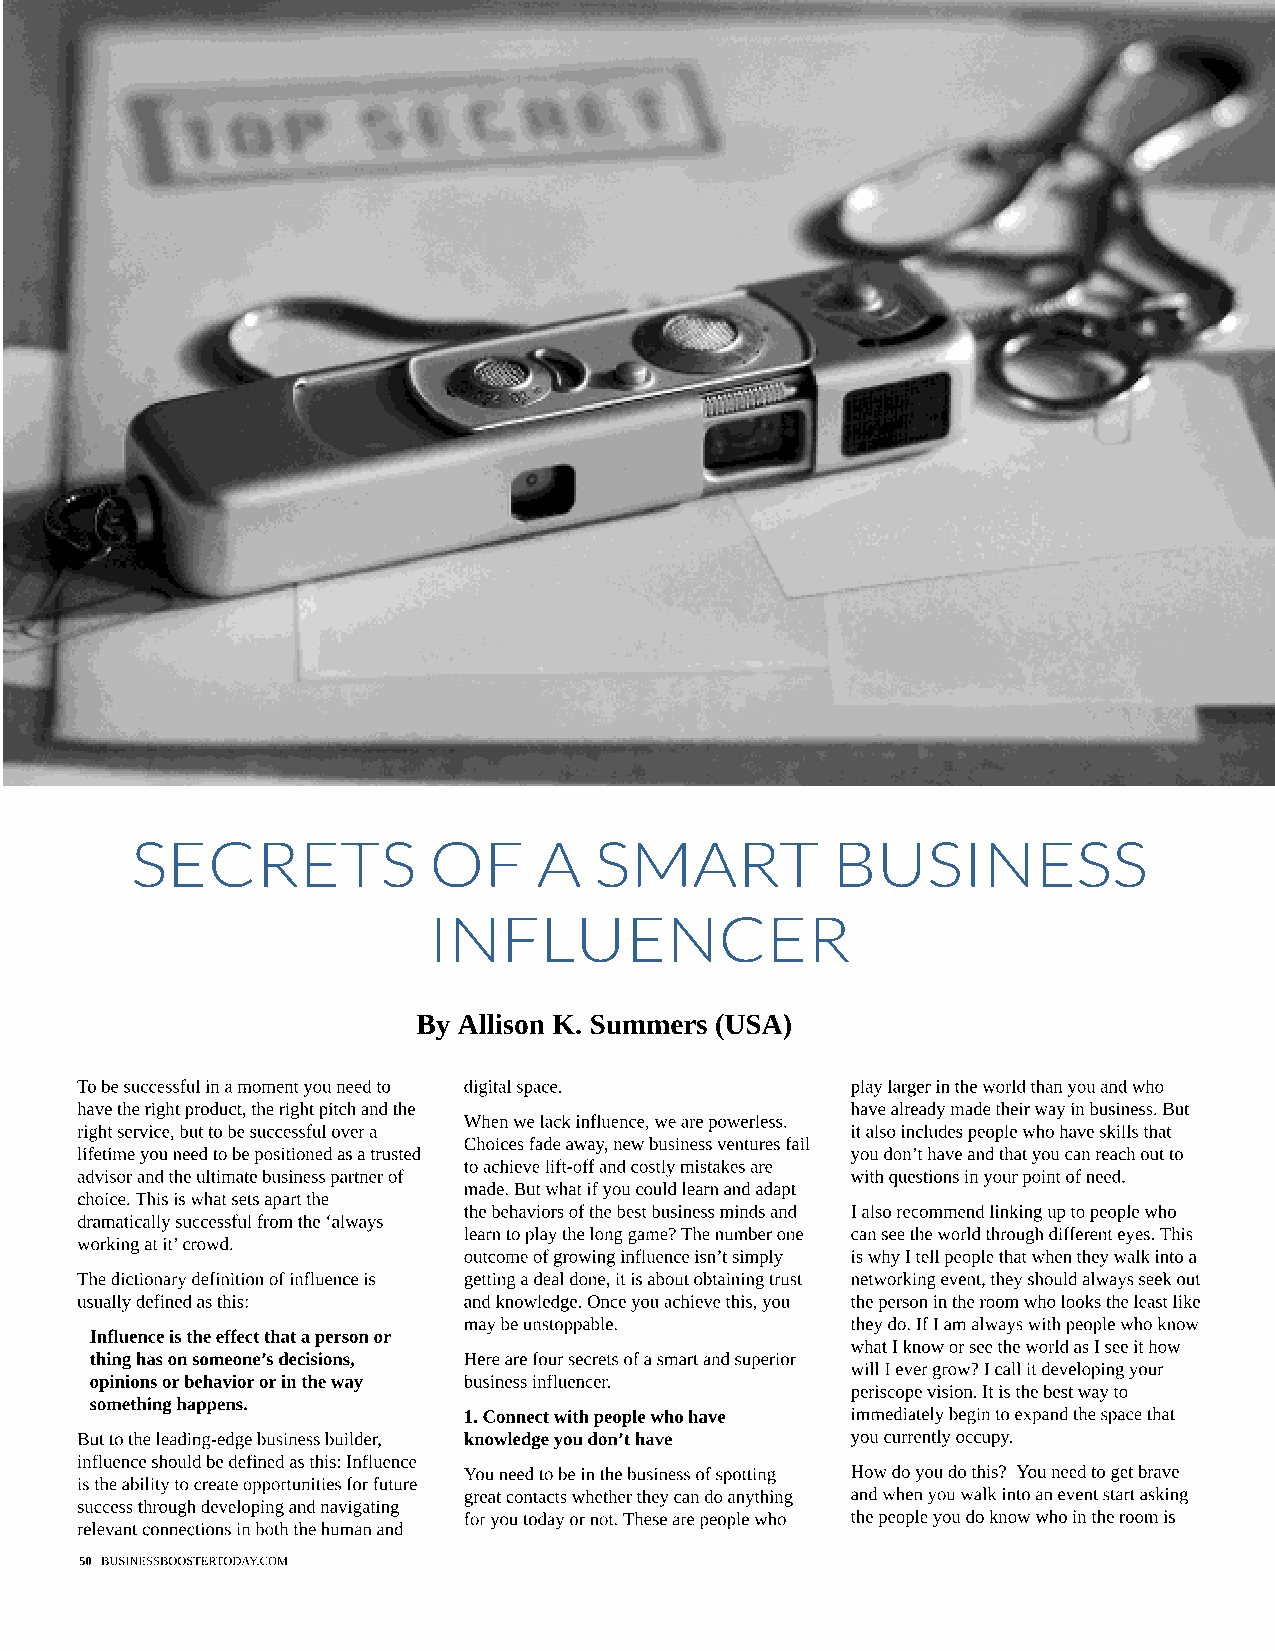
SECRETS            OF      A  SMART           BUSINESS
 INFLUENCER
 By Allison K. Summers (USA)
 To be successful in a moment you need to digital space. play larger in the world than you and who
 have the right product, the right pitch and the    have already made their way in business. But
 When we lack influence, we are powerless.
 right service, but to be successful over a         it also includes people who have skills that
 Choices fade away, new business ventures fail
 lifetime you need to be positioned as a trusted    you don?t have and that you can reach out to
 to achieve lift-off and costly mistakes are
 advisor and the ultimate business partner of       with questions in your point of need.
 made. But what if you could learn and adapt
 choice. This is what sets apart the
 the behaviors of the best business minds and I also recommend linking up to people who
 dramatically successful from the ?always
 learn to play the long game? The number one can see the world through different eyes. This
 working at it? crowd.
 outcome of growing influence isn?t simply is why I tell people that when they walk into a
 The dictionary definition of influence is getting a deal done, it is about obtaining trust networking event, they should always seek out
 usually defined as this:  and knowledge. Once you achieve this, you the person in the room who looks the least like
 may be unstoppable.      they do. If I am always with people who know
 Influence is the effect that a person or
 what I know or see the world as I see it how
 thing has on someone?s decisions, Here are four secrets of a smart and superior
 will I ever grow? I call it developing your
 opinions or behavior or in the way business influencer.
 periscope vision. It is the best way to
 something happens.
 1. Connect with people who have immediately begin to expand the space that
 But to the leading-edge business builder, knowledge you don?t have you currently occupy.
 influence should be defined as this: Influence
 You need to be in the business of spotting How do you do this? You need to get brave
 is the ability to create opportunities for future
 great contacts whether they can do anything and when you walk into an event start asking
 success through developing and navigating
 for you today or not. These are people who the people you do know who in the room is
 relevant connections in both the human and
 50 BUSINESSBOOSTERTODAY.COM